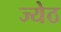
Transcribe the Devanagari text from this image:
ज्येठ